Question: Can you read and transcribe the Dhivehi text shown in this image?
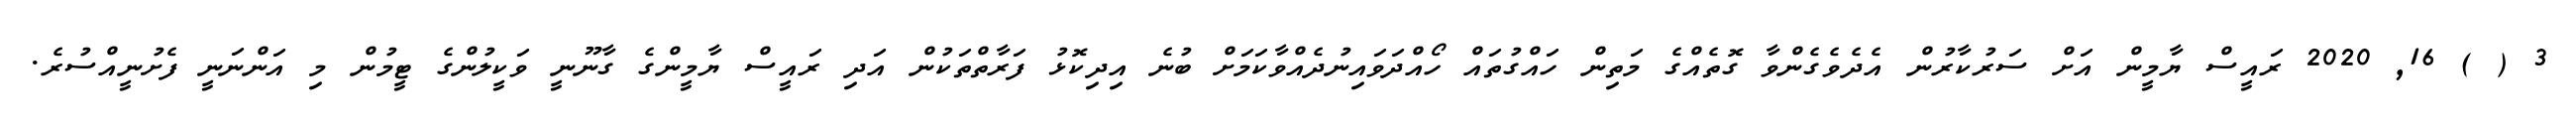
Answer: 3 ( ) 16, 2020 ރައީސް ޔާމީން އަށް ސަރުކާރުން އެދެވެގެންވާ ގޮތެއްގެ މަތިން ހައްގުތައް ހޯއްދަވައިނުދެއްވާކަމަށް ބުނެ އިދިކޮޅު ފަރާތްތަކުން އަދި ރައީސް ޔާމީންގެ ގާނޫނީ ވަކީލުންގެ ޓީމުން މި އަންނަނީ ފެށުނީއްސުރެ.